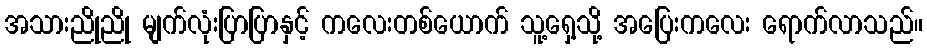
အသားညိုညို မျက်လုံးပြာပြာနှင့် ကလေးတစ်ယောက် သူ့ရှေ့သို့ အပြေးကလေး ရောက်လာသည်။